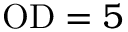
\mathrm { O D } = 5